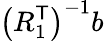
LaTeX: \left(R_{1}^{\textsf{T}}\right)^{-1}b